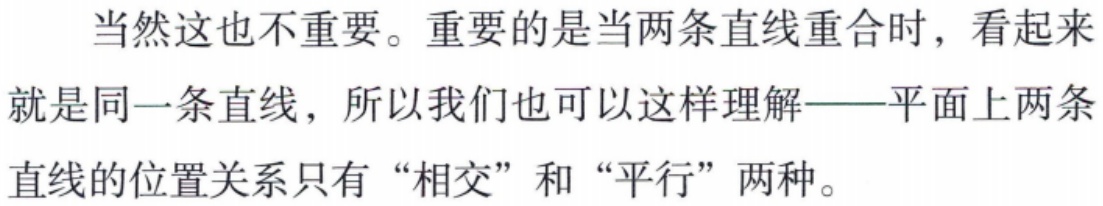
当然这也不重要。重要的是当两条直线重合时，看起来就是同一条直线，所以我们也可以这样理解——平面上两条直线的位置关系只有“相交”和“平行”两种。